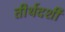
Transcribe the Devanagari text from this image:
तीर्थदर्शी